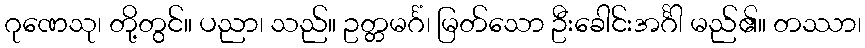
ဂုဏေသု၊ တို့တွင်။ ပညာ၊ သည်။ ဥတ္တမင်္ဂံ၊ မြတ်သော ဦးခေါင်းအင်္ဂါ မည်၏။ တဿာ၊